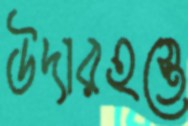
উদারহস্তে